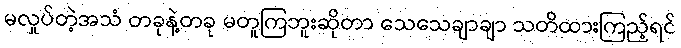
မလှုပ်တဲ့အသံ တခုနဲ့တခု မတူကြဘူးဆိုတာ သေသေချာချာ သတိထားကြည့်ရင်